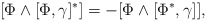
\begin{align*}[ \Phi \wedge [\Phi,\gamma]^*] = - [ \Phi \wedge [ \Phi^*,\gamma]],\end{align*}